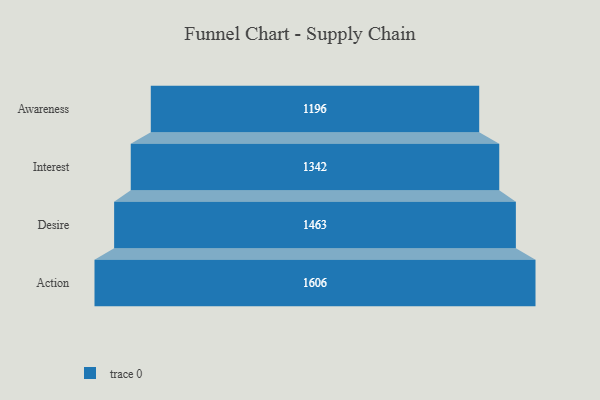
{"axis": {"x": "Stage", "y": "Value"}, "legend": [""], "data": [{"x": "Awareness", "y": 1196.0, "type": ""}, {"x": "Interest", "y": 1342.0, "type": ""}, {"x": "Desire", "y": 1463.0, "type": ""}, {"x": "Action", "y": 1606.0, "type": ""}]}